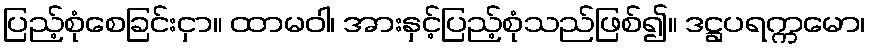
ပြည့်စုံစေခြင်းငှာ။ ထာမဝါ၊ အားနှင့်ပြည့်စုံသည်ဖြစ်၍။ ဒဋ္ဌပရက္ကမော၊